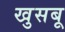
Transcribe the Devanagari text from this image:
खुसबू